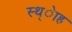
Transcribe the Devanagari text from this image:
स्थ्ेाह